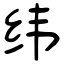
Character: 纬